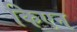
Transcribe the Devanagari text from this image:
किएन